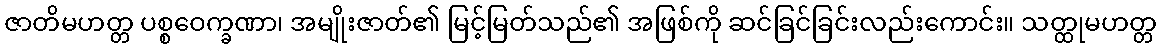
ဇာတိမဟတ္တ ပစ္စဝေက္ခဏာ၊ အမျိုးဇာတ်၏ မြင့်မြတ်သည်၏ အဖြစ်ကို ဆင်ခြင်ခြင်းလည်းကောင်း။ သတ္ထုမဟတ္တ